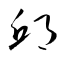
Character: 邱